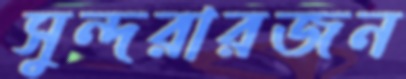
সুন্দরারজন